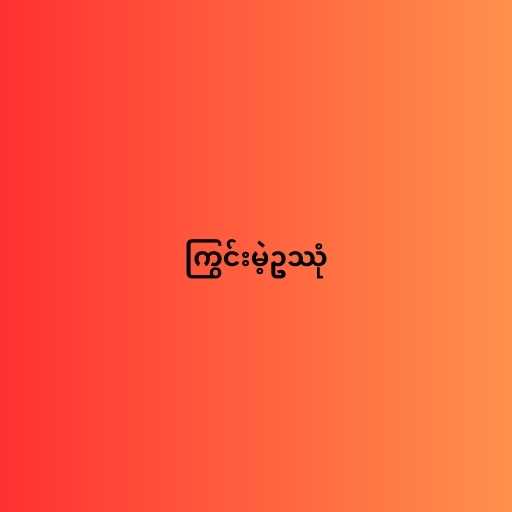
ကြွင်းမဲ့ဥဿုံ